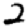
Digit: 2